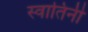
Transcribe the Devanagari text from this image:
स्वातिनी